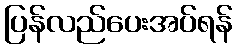
ပြန်လည်ပေးအပ်ရန်